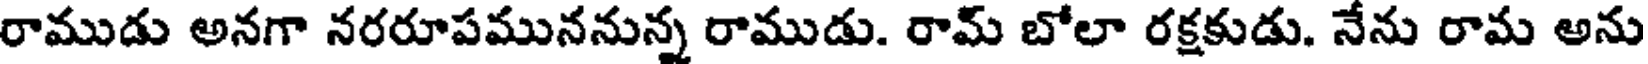
రాముడు అనగా నరరూపముననున్న రాముడు. రామ్ బోలా రక్షకుడు. నేను రామ అను